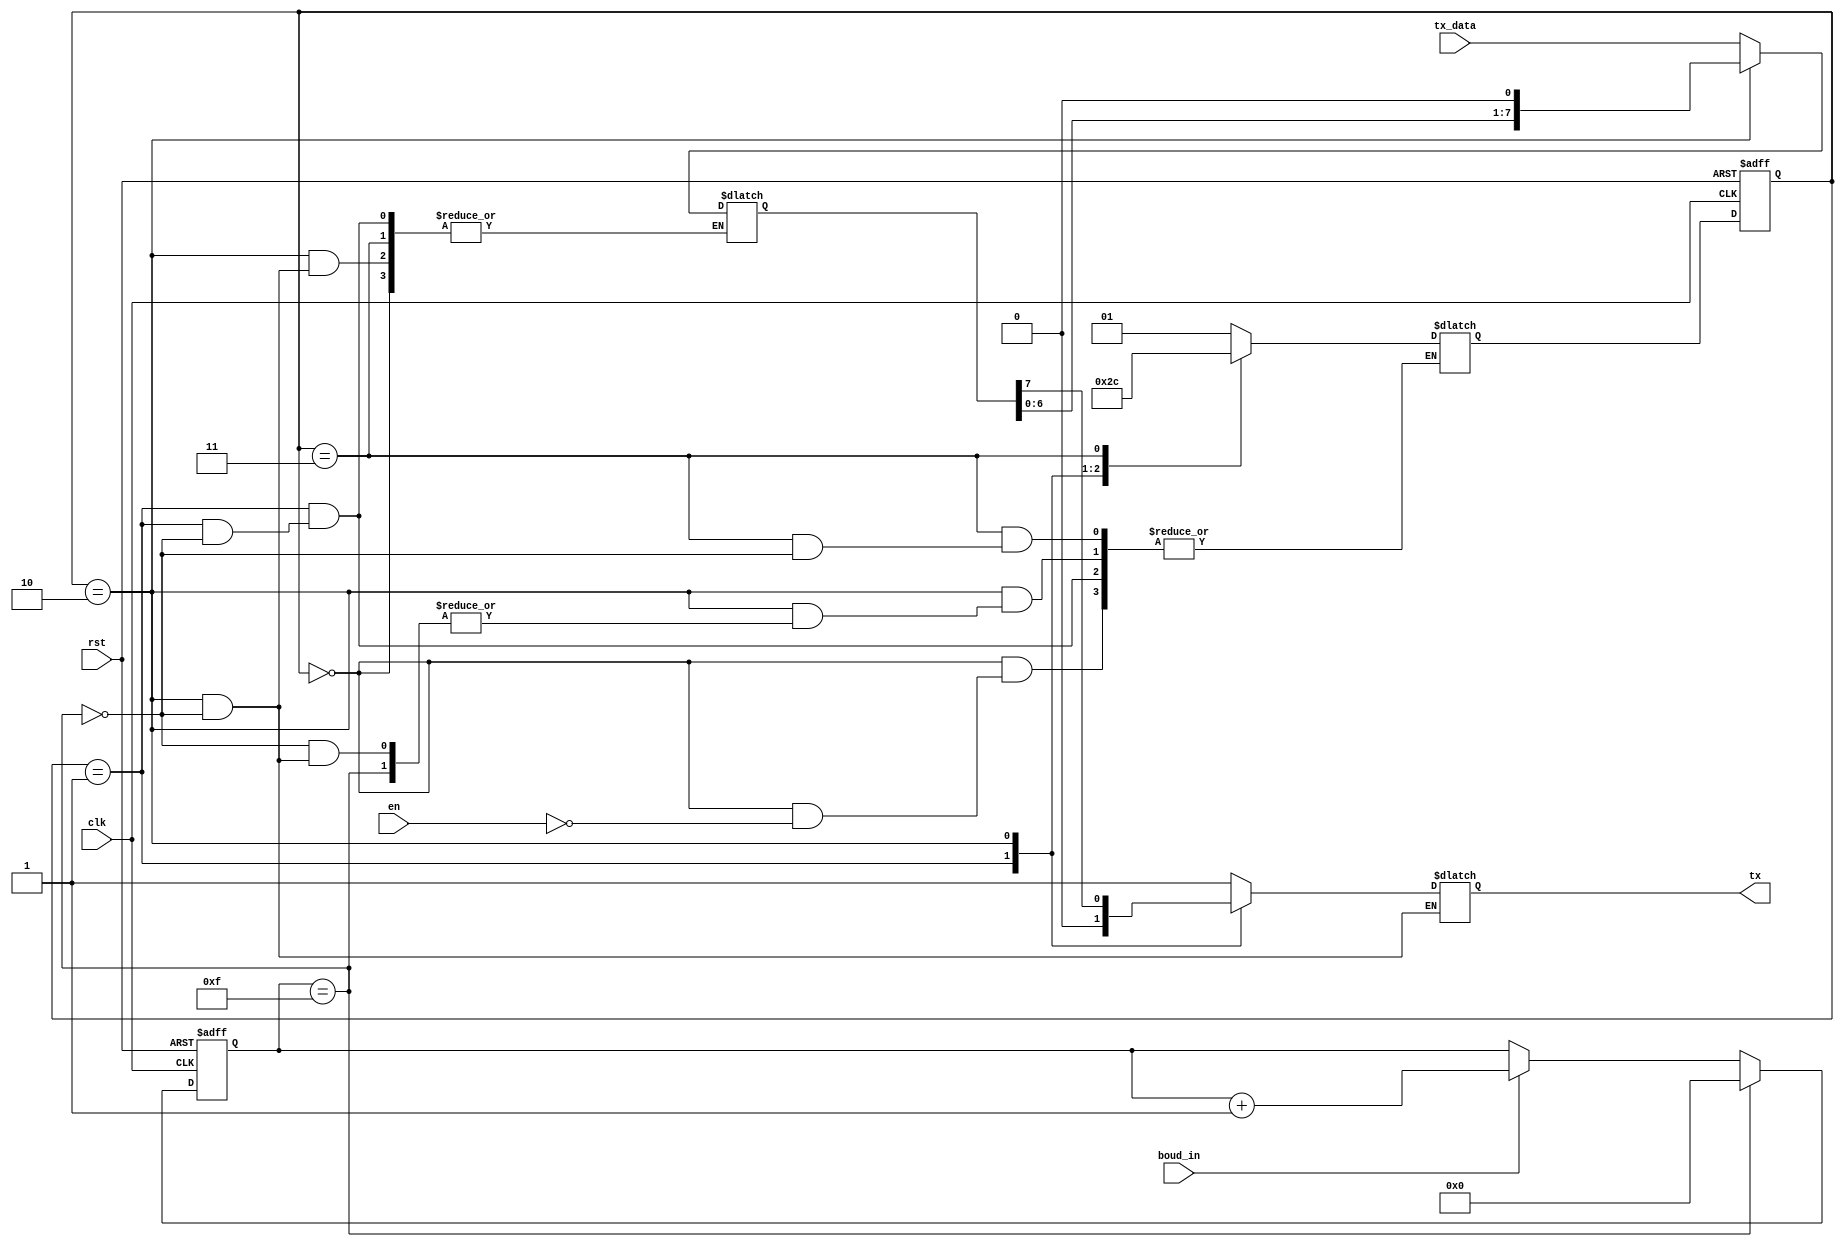
module tx_2 (
  input wire clk,
  input wire rst,
  input wire [7:0] tx_data,
  input wire boud_in,
  input wire en, 
  output reg tx
);

  localparam IDLE = 2'b00;
  localparam START = 2'b01;
  localparam DATA = 2'b10;
  localparam STOP = 2'b11;

  reg [1:0] state;
  reg [1:0] nextstate;
  reg [4:0] statecounter;
  reg [7:0] shiftreg = 8'd0;
  reg [3:0] datacounter = 4'b0;

  always @(posedge clk or posedge rst) begin
    if (rst) begin
      state <= IDLE;
      statecounter <= 0;
    end
    else begin
      state <= nextstate;
      if (statecounter == 4'b1111) begin
        statecounter <= 0;
      end
      else if (boud_in) begin
        statecounter <= statecounter + 1;
      end
      if (state == DATA) begin
        if (statecounter == 4'b1111) begin
          datacounter <= datacounter + 1;
        end
      end
    end
  end

  always @(*) begin
   
    case (state)
      IDLE: begin
        tx = 1'b1;
        datacounter = 3'b0;
        if (en) begin
          nextstate = START;
        end
      end

      START: begin
        tx = 1'b0;
        datacounter = 3'b0;
        if (statecounter == 4'b1111) begin
          nextstate = DATA;
           shiftreg=tx_data;
        end
      end   

      DATA: begin
        if(statecounter==4'b1111)begin
        tx <= shiftreg[7];
         shiftreg = {shiftreg[6:0],1'b0};
        end
        else if (datacounter == 4'b1001) begin
          nextstate = STOP;
          datacounter =0;
        end
      end

      STOP: begin
        if (statecounter == 4'b1111)
          nextstate = IDLE;
        tx = 1'b1;
      end

      default: nextstate = IDLE;
    endcase
  end

endmodule